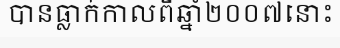
បានធ្លាក់កាលពីឆ្នាំ២០០៧នោះ